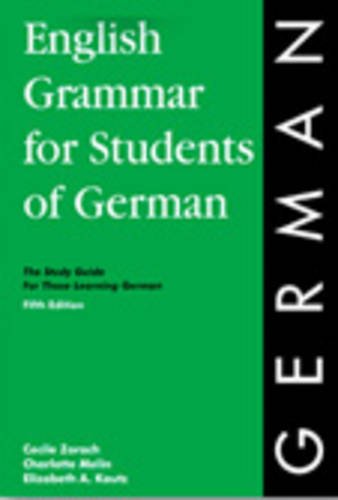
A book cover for English Grammar for Students of German: The Study Guide for Those Learning German (O&H Study Guides); Cecile Zorach; Reference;